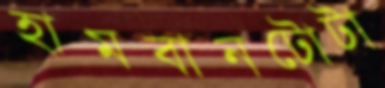
হামবানটোটা